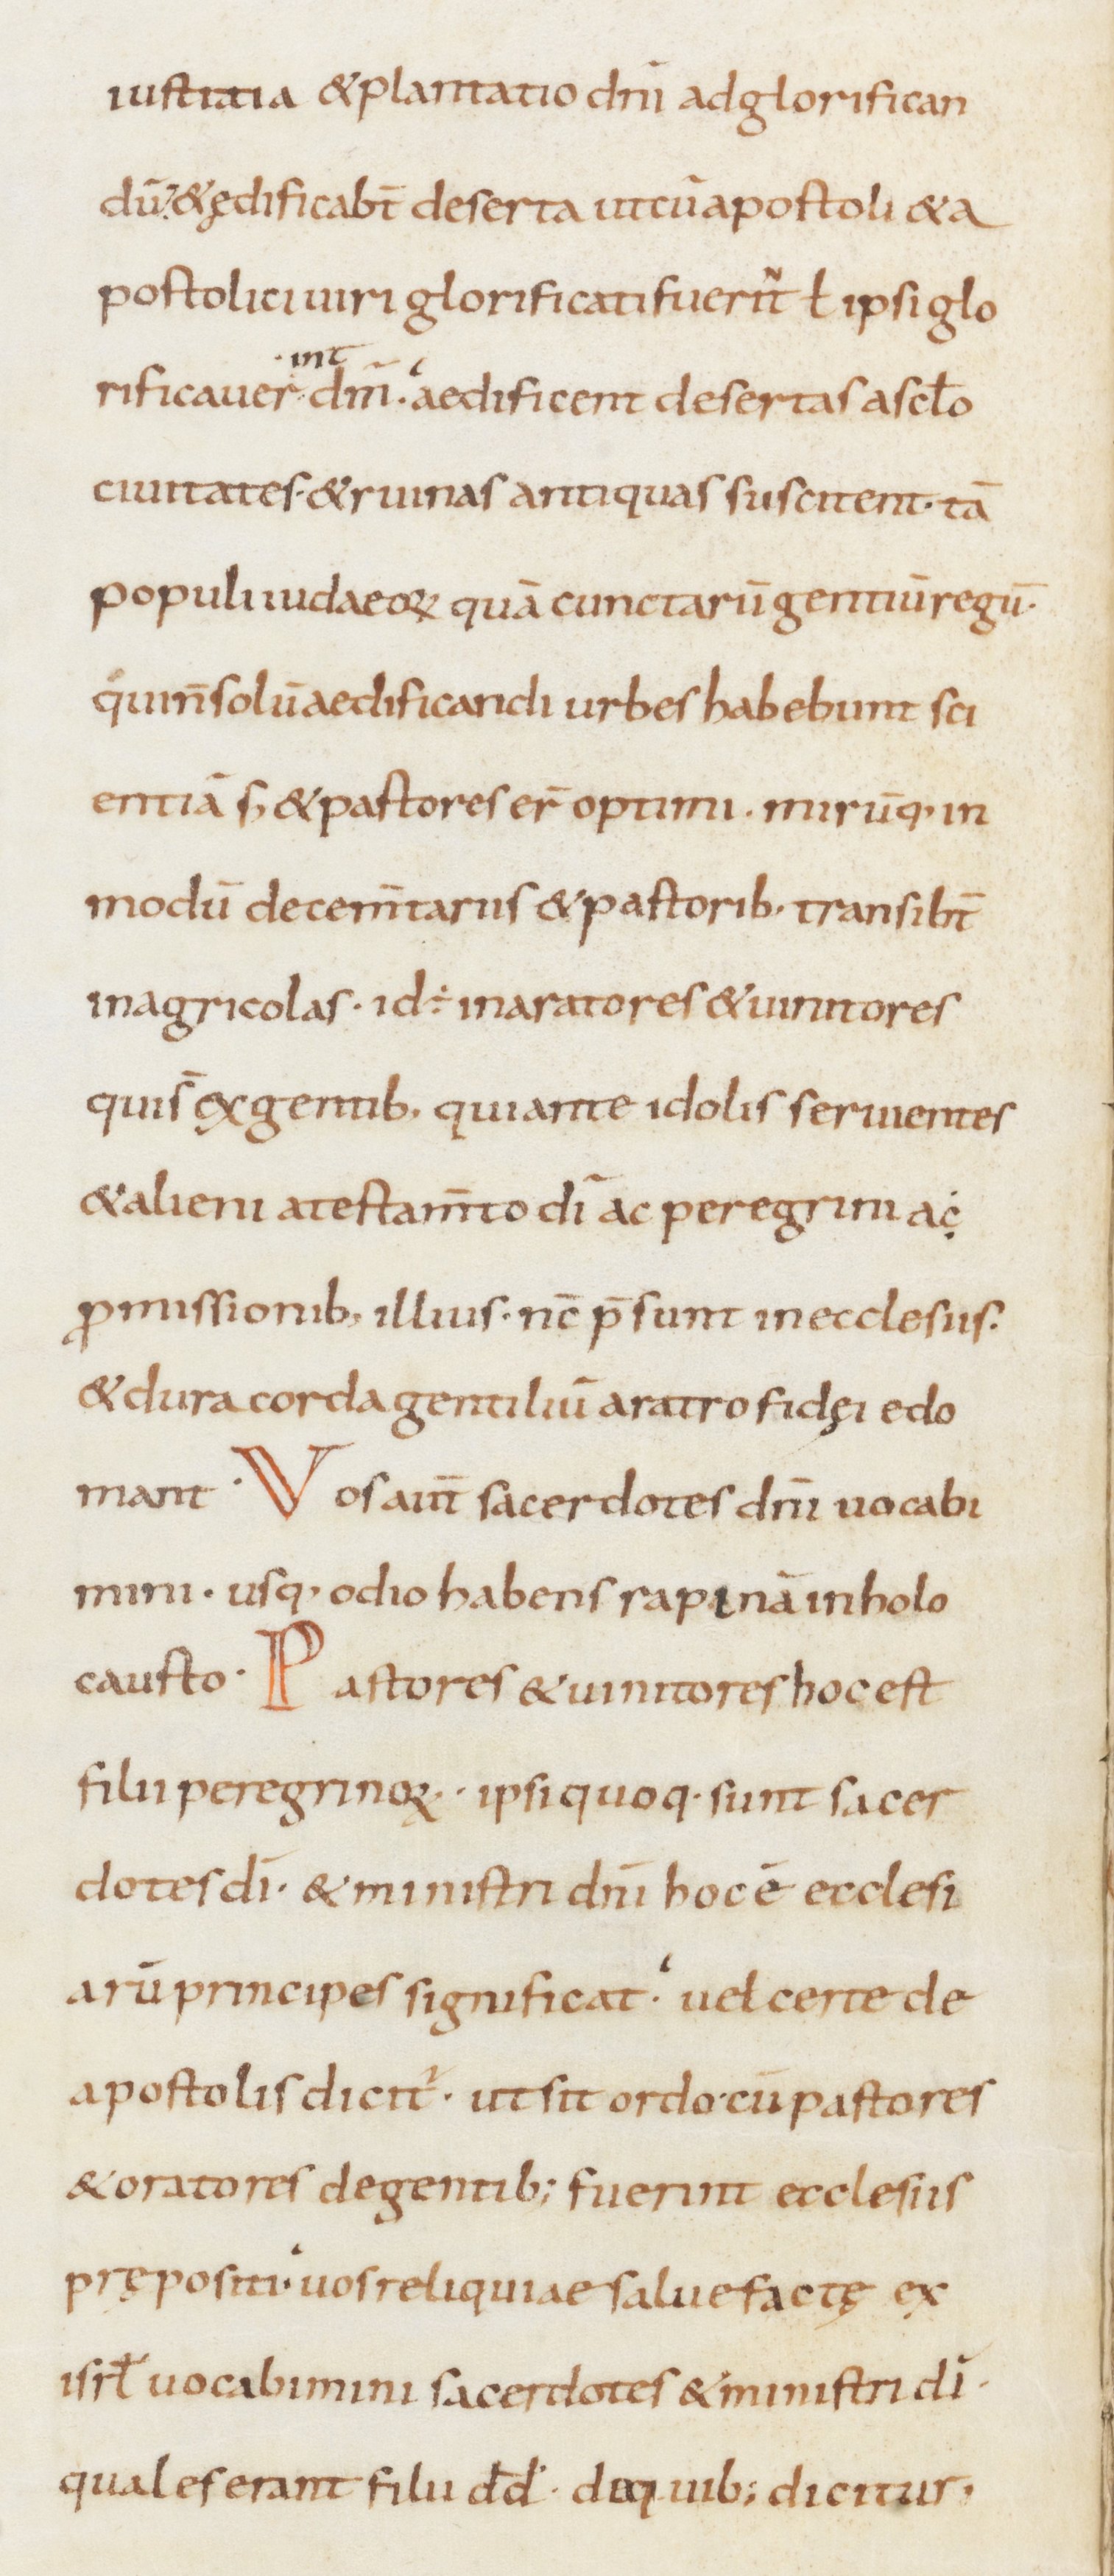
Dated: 800–899